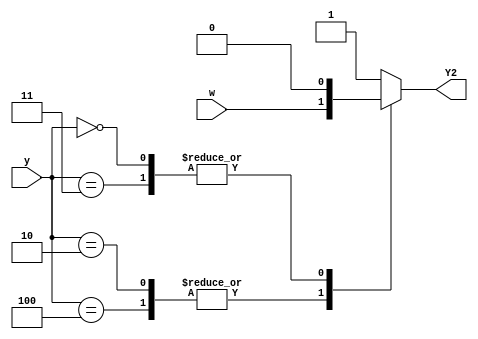
module top_module (
    input [3:1] y,
    input w,
    output Y2);
    
    always @(*) begin
        case(y)
            3'b010 , 3'b100 : Y2 = w ;
            3'b000 , 3'b011 : Y2 = 0 ;
            default : Y2 = 1;
        endcase
    end

endmodule